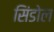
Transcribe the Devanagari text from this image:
सिंडोल